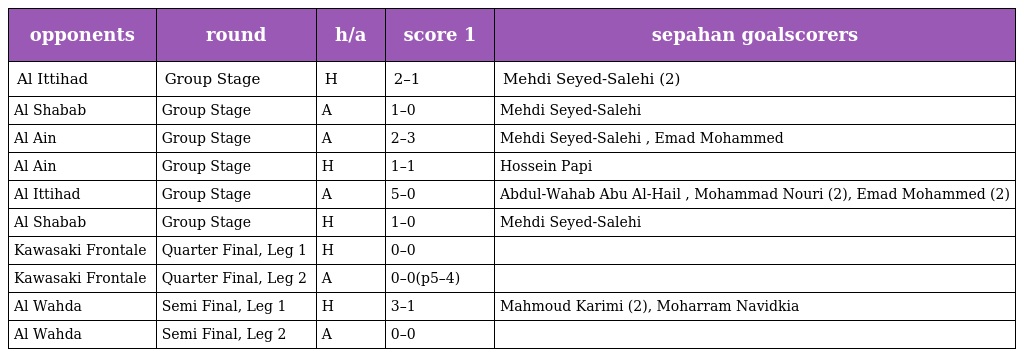
| opponents | round | h/a | score 1 | sepahan goalscorers |
 | --- | --- | --- | --- | --- |
 | Al Ittihad | Group Stage | H | 2–1 | Mehdi Seyed-Salehi (2) |
 | Al Shabab | Group Stage | A | 1–0 | Mehdi Seyed-Salehi |
 | Al Ain | Group Stage | A | 2–3 | Mehdi Seyed-Salehi , Emad Mohammed |
 | Al Ain | Group Stage | H | 1–1 | Hossein Papi |
 | Al Ittihad | Group Stage | A | 5–0 | Abdul-Wahab Abu Al-Hail , Mohammad Nouri (2), Emad Mohammed (2) |
 | Al Shabab | Group Stage | H | 1–0 | Mehdi Seyed-Salehi |
 | Kawasaki Frontale | Quarter Final, Leg 1 | H | 0–0 |  |
 | Kawasaki Frontale | Quarter Final, Leg 2 | A | 0–0(p5–4) |  |
 | Al Wahda | Semi Final, Leg 1 | H | 3–1 | Mahmoud Karimi (2), Moharram Navidkia |
 | Al Wahda | Semi Final, Leg 2 | A | 0–0 |  |